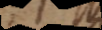
et